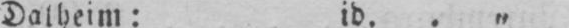
Dalheim: id. .„